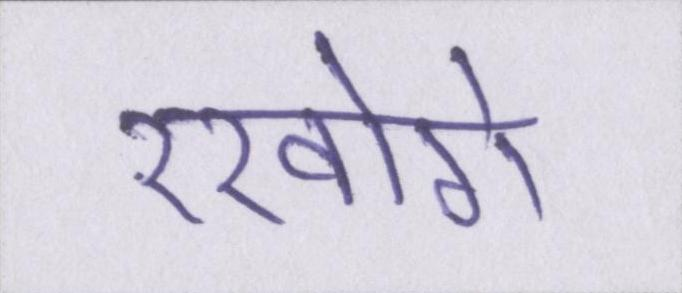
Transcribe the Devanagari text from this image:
रखोगे